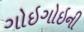
ગોઇગોઇની